Papers set at the Examination for Leaving Certificates, 1893
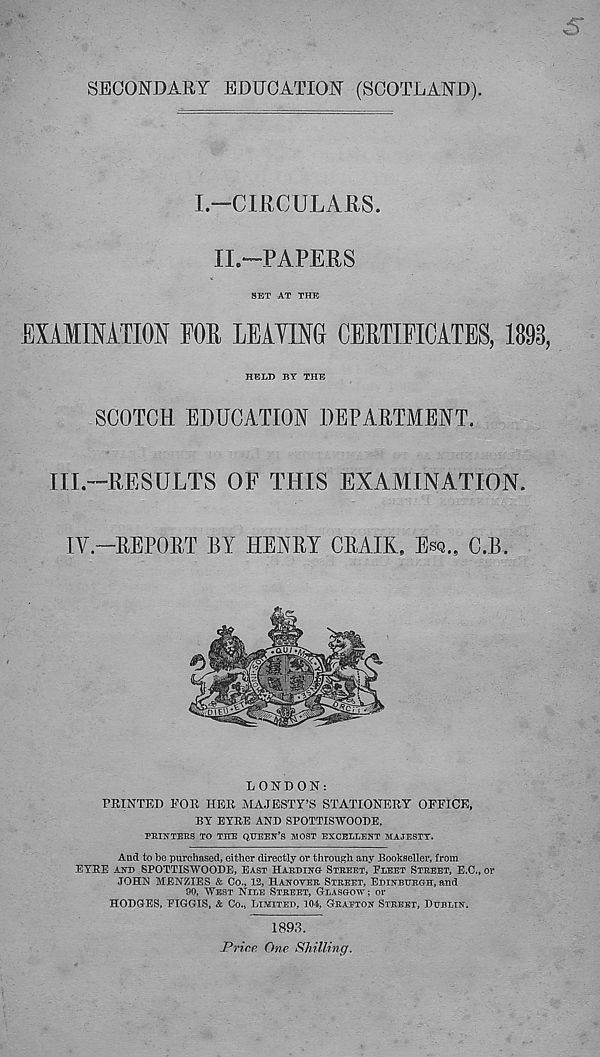
SECONDARY EDUCATION (SCOTLAND).
I.-CIRCULAES.
II.*—PAPERS
SET AT THE
EXAMINATION POE LEAPING CEETIFICATES, 1893,
HELD BY THE
SCOTCH EDUCATION DEPARTMENT.
III.—RESULTS OF THIS EXAMINATION.
IV.—REPORT BY HENRY CRAIK, ESQ. 9 C.B.
LONDON:
FEINTED FOE HER MAJESTY’S STATIONERY OFFICE,
BY EYEE AND SPOTTIS-WOODE,
PRINTERS TO THE QUEEN’S MOST EXCELLENT MAJESTY.
And to be purchased, either directly or through any Bookseller, from
EYEE AND SPOTTISWOODE, EAST HARDINO STREET, ELEET STREET, E.C., or
JOHN MENZIES & Co., 12, HANOVER STREET, EDINBUROH, and
90, WEST NILE STREET, GLASGOW; or
HODGES, EIGGIS, & Co., LIMITED, 104, GRAPTON STREET, DUBLIN.
189,3.
Price One Shilling.